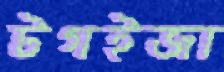
টগইজা